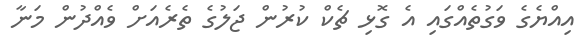
އިއްޔެގެ ވަގުތެއްގައި އެ ގޮޅި ޗެކް ކުރުން ޖަލުގެ ތެރެއަށް ވެއްދުން މަނާ